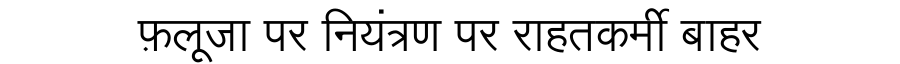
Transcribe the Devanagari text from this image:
फ़लूजा पर नियंत्रण पर राहतकर्मी बाहर